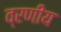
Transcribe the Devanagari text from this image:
व्रणीय